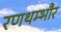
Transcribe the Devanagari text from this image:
रणथम्‍भौर